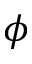
\phi